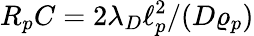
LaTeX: R_{p}C=2\lambda_{D}\ell_{p}^{2}/(D\varrho_{p})